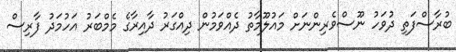
ބުރާސްފަތި ދުވަހު ނޫސްވެރިންނަށް މައުލޫމާތު ދެއްވަމުން ދިއްގަރު ދާއިރާގެ މެމްބަރު އަހުމަދު ފާރިސް